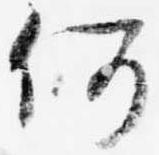
何